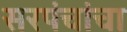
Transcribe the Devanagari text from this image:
सरपंचांचा